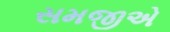
સમજીએ